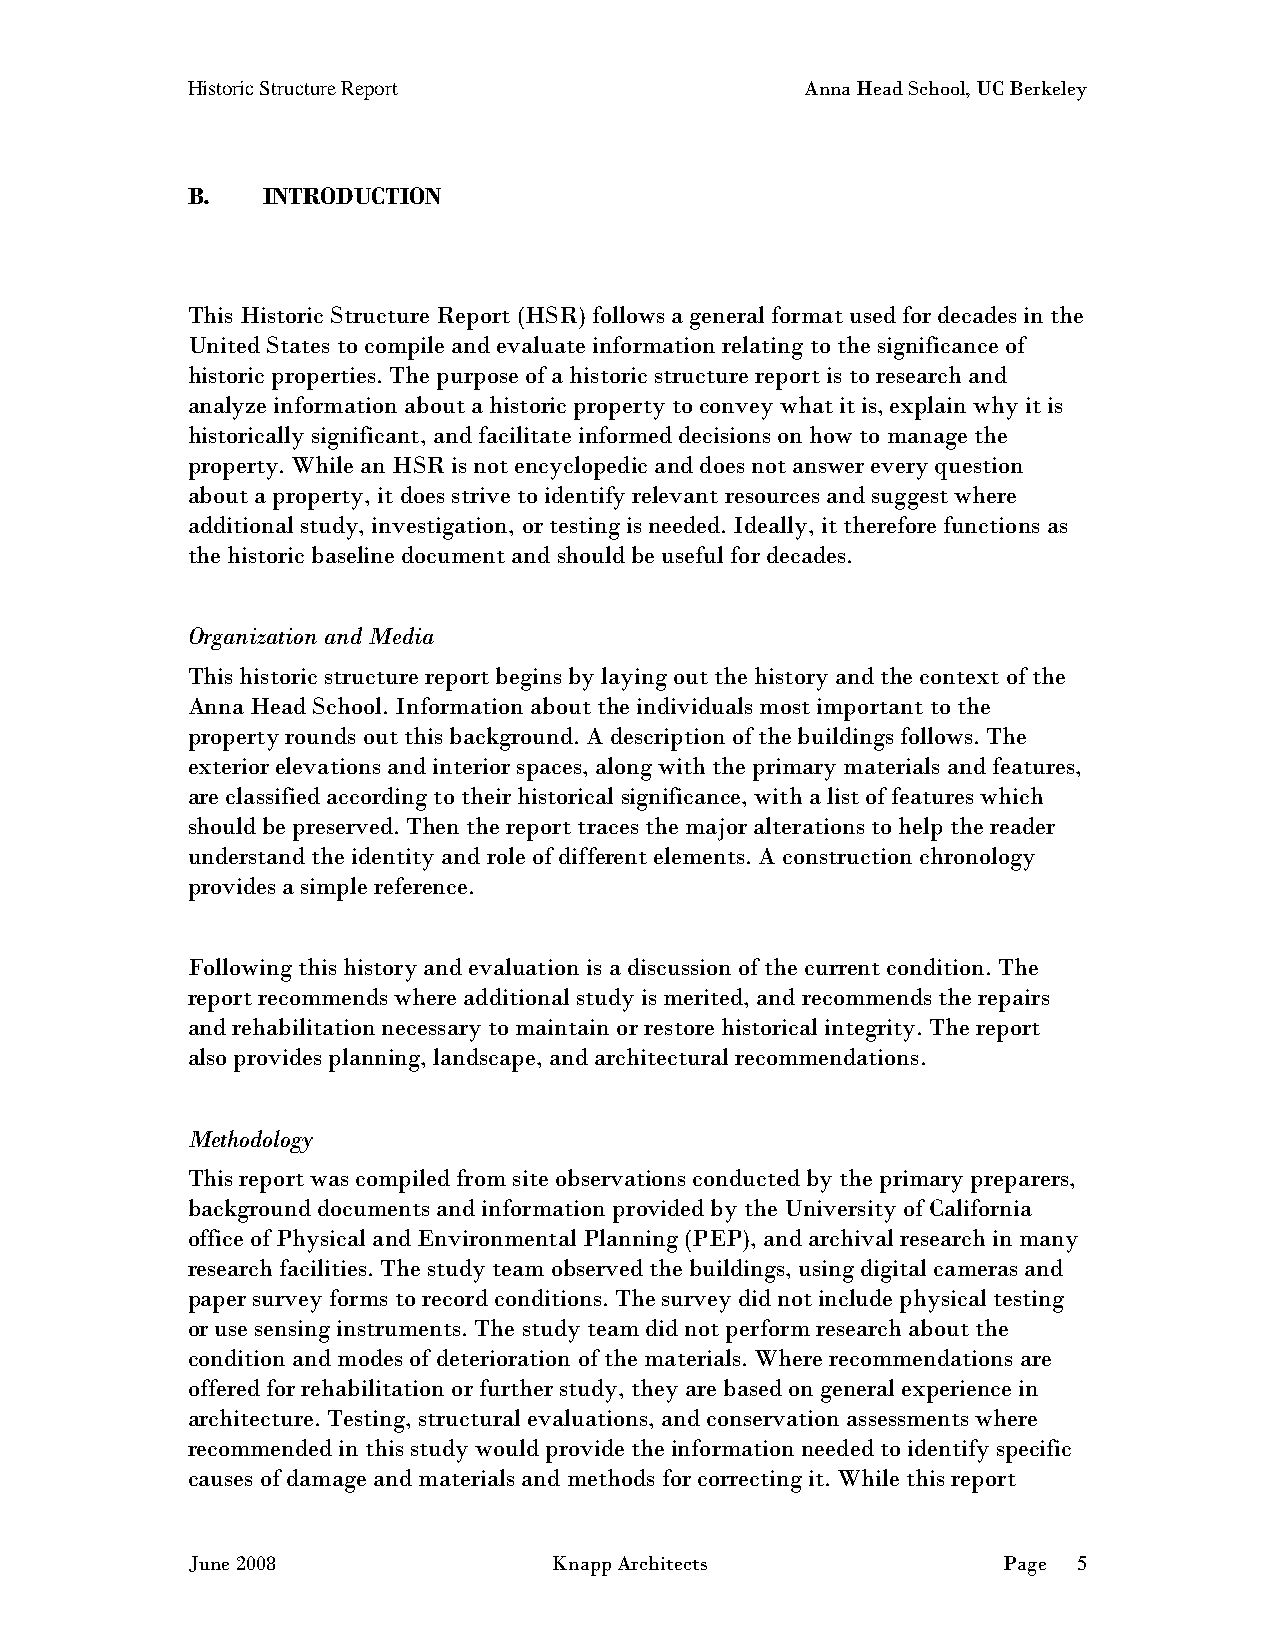
Historic Structure Report                Anna Head School, UC Berkeley
 B.   INTRODUCTION
 This Historic Structure Report (HSR) follows a general format used for decades in the
 United States to compile and evaluate information relating to the significance of
 historic properties. The purpose of a historic structure report is to research and
 analyze information about a historic property to convey what it is, explain why it is
 historically significant, and facilitate informed decisions on how to manage the
 property. While an HSR is not encyclopedic and does not answer every question
 about a property, it does strive to identify relevant resources and suggest where
 additional study, investigation, or testing is needed. Ideally, it therefore functions as
 the historic baseline document and should be useful for decades.
 Organization and Media
 This historic structure report begins by laying out the history and the context of the
 Anna Head School. Information about the individuals most important to the
 property rounds out this background. A description of the buildings follows. The
 exterior elevations and interior spaces, along with the primary materials and features,
 are classified according to their historical significance, with a list of features which
 should be preserved. Then the report traces the major alterations to help the reader
 understand the identity and role of different elements. A construction chronology
 provides a simple reference.
 Following this history and evaluation is a discussion of the current condition. The
 report recommends where additional study is merited, and recommends the repairs
 and rehabilitation necessary to maintain or restore historical integrity. The report
 also provides planning, landscape, and architectural recommendations.
 Methodology
 This report was compiled from site observations conducted by the primary preparers,
 background documents and information provided by the University of California
 office of Physical and Environmental Planning (PEP), and archival research in many
 research facilities. The study team observed the buildings, using digital cameras and
 paper survey forms to record conditions. The survey did not include physical testing
 or use sensing instruments. The study team did not perform research about the
 condition and modes of deterioration of the materials. Where recommendations are
 offered for rehabilitation or further study, they are based on general experience in
 architecture. Testing, structural evaluations, and conservation assessments where
 recommended in this study would provide the information needed to identify specific
 causes of damage and materials and methods for correcting it. While this report
 June 2008                Knapp Architects             Page 5